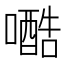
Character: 𱕆